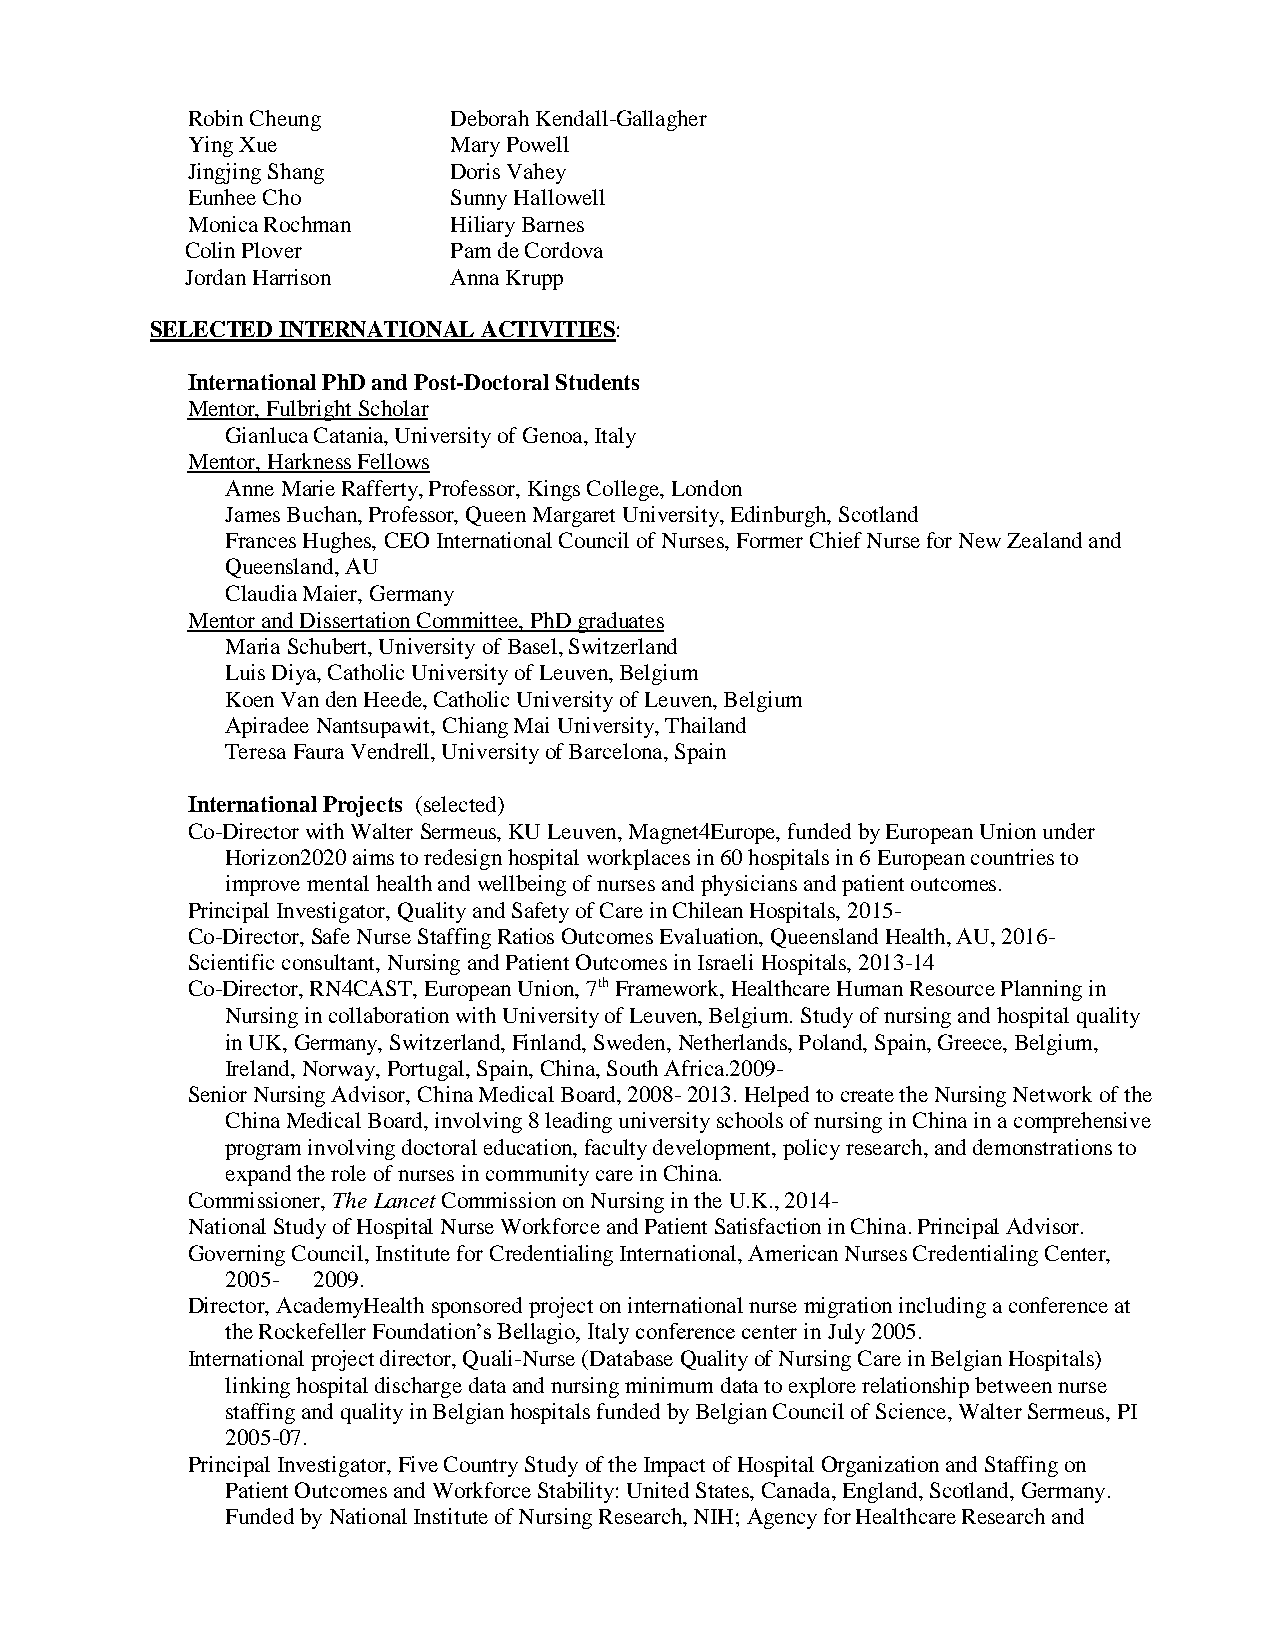
Robin Cheung      Deborah Kendall-Gallagher
 Ying Xue          Mary Powell
 Jingjing Shang    Doris Vahey
 Eunhee Cho        Sunny Hallowell
 Monica Rochman    Hiliary Barnes
 Colin Plover      Pam de Cordova
 Jordan Harrison   Anna Krupp
 SELECTED INTERNATIONAL ACTIVITIES:
 International PhD and Post-Doctoral Students
 Mentor, Fulbright Scholar
 Gianluca Catania, University of Genoa, Italy
 Mentor, Harkness Fellows
 Anne Marie Rafferty, Professor, Kings College, London
 James Buchan, Professor, Queen Margaret University, Edinburgh, Scotland
 Frances Hughes, CEO International Council of Nurses, Former Chief Nurse for New Zealand and
 Queensland, AU
 Claudia Maier, Germany
 Mentor and Dissertation Committee, PhD graduates
 Maria Schubert, University of Basel, Switzerland
 Luis Diya, Catholic University of Leuven, Belgium
 Koen Van den Heede, Catholic University of Leuven, Belgium
 Apiradee Nantsupawit, Chiang Mai University, Thailand
 Teresa Faura Vendrell, University of Barcelona, Spain
 International Projects (selected)
 Co-Director with Walter Sermeus, KU Leuven, Magnet4Europe, funded by European Union under
 Horizon2020 aims to redesign hospital workplaces in 60 hospitals in 6 European countries to
 improve mental health and wellbeing of nurses and physicians and patient outcomes.
 Principal Investigator, Quality and Safety of Care in Chilean Hospitals, 2015-
 Co-Director, Safe Nurse Staffing Ratios Outcomes Evaluation, Queensland Health, AU, 2016-
 Scientific consultant, Nursing and Patient Outcomes in Israeli Hospitals, 2013-14
 Co-Director, RN4CAST, European Union, 7th Framework, Healthcare Human Resource Planning in
 Nursing in collaboration with University of Leuven, Belgium. Study of nursing and hospital quality
 in UK, Germany, Switzerland, Finland, Sweden, Netherlands, Poland, Spain, Greece, Belgium,
 Ireland, Norway, Portugal, Spain, China, South Africa.2009-
 Senior Nursing Advisor, China Medical Board, 2008- 2013. Helped to create the Nursing Network of the
 China Medical Board, involving 8 leading university schools of nursing in China in a comprehensive
 program involving doctoral education, faculty development, policy research, and demonstrations to
 expand the role of nurses in community care in China.
 Commissioner, The Lancet Commission on Nursing in the U.K., 2014-
 National Study of Hospital Nurse Workforce and Patient Satisfaction in China. Principal Advisor.
 Governing Council, Institute for Credentialing International, American Nurses Credentialing Center,
 2005- 2009.
 Director, AcademyHealth sponsored project on international nurse migration including a conference at
 the Rockefeller Foundation’s Bellagio, Italy conference center in July 2005.
 International project director, Quali-Nurse (Database Quality of Nursing Care in Belgian Hospitals)
 linking hospital discharge data and nursing minimum data to explore relationship between nurse
 staffing and quality in Belgian hospitals funded by Belgian Council of Science, Walter Sermeus, PI
 2005-07.
 Principal Investigator, Five Country Study of the Impact of Hospital Organization and Staffing on
 Patient Outcomes and Workforce Stability: United States, Canada, England, Scotland, Germany.
 Funded by National Institute of Nursing Research, NIH; Agency for Healthcare Research and